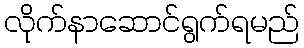
လိုက်နာဆောင်ရွက်ရမည်